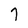
Character: 7